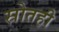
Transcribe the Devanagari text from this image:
स्रोतही